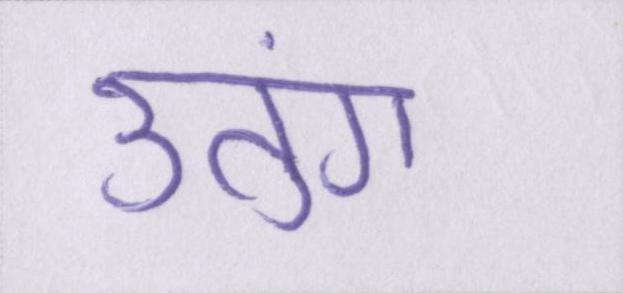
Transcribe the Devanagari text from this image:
उतुंग